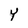
Character: y